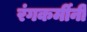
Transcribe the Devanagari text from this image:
रंगकर्मीनी